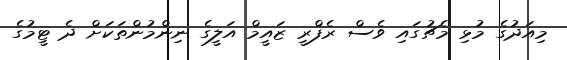
މިއަދުގެ މުޅި މެޗުގައި ވެސް ރެފްރީ ޒައީމް އަލީގެ ނިންމުންތަކަށް ދެ ޓީމުގެ